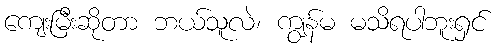
ကျေးမြီးဆိုတာ ဘယ်သူလဲ၊ ကျွန်မ မသိရပါဘူးရှင်